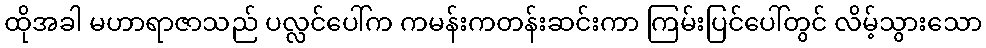
ထိုအခါ မဟာရာဇာသည် ပလ္လင်ပေါ်က ကမန်းကတန်းဆင်းကာ ကြမ်းပြင်ပေါ်တွင် လိမ့်သွားသော